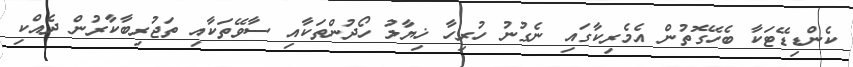
ކެންޑިޑޭޓަކާ ބެހޭގޮތުން އެމެރިކާގައި ނެގުނު ހުރިހާ ޚިޔާލު ހޯދުންތަކާއި ސާވޭތަކާއި ތަޖުރިބާކާރުން ދެއްކި